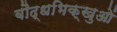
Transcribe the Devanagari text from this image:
बौद्धभिक्खुओं